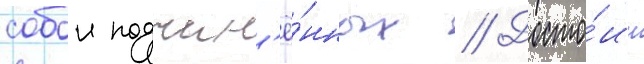
собои подчин'ё́нных // Досто́ин